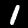
Label: 1